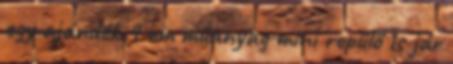
egy ajándék 9 cm műanyag mini repülő is jár